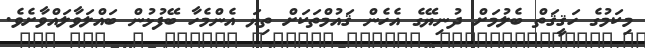
މިކަމުގެ ހަޤީޤަތް ބެލުމަށް ދުނިޔޭގެ އެހެން ޤައުމްތަކަށް ތިޔަ އެންމެހާ ބޭފުޅުން ބައްލަވާލައްވާށެވެ.